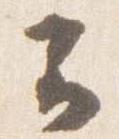
云